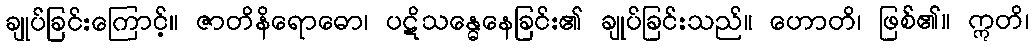
ချုပ်ခြင်းကြောင့်။ ဇာတိနိရောဓော၊ ပဋိသန္ဓေနေခြင်း၏ ချုပ်ခြင်းသည်။ ဟောတိ၊ ဖြစ်၏။ ဣတိ၊